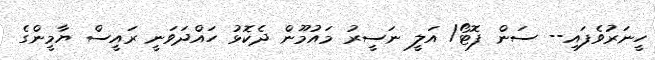
ހީނަރުވެފައި-- ސަން ފޮޓޯ/ އަލީ ނަސީރު މައުމޫން ދެކޮޅު ހައްދަވަނީ ރައީސް ޔާމީންގެ